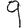
Digit: 9